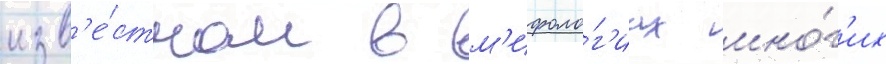
изв'е́стном в м'ифоло́г'иах мно́г'их